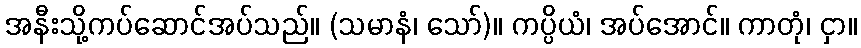
အနီးသို့ကပ်ဆောင်အပ်သည်။ (သမာနံ၊ သော်)။ ကပ္ပိယံ၊ အပ်အောင်။ ကာတုံ၊ ငှာ။